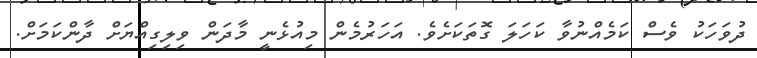
ދުވަހަކު ވެސް ކަމެއްނުވާ ކަހަލަ ގޮތަކަށެވެ. އަހަރުމެން މިއުޅެނީ މާދަން ވިލިގިއްޔަށް ދާންކަމަށް.